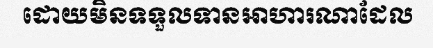
ដោយមិនទទួលទានអាហារណាដែល